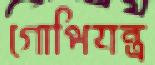
গোপিযন্ত্র